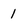
Character: 1